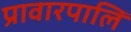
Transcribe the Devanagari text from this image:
प्रावारपालि